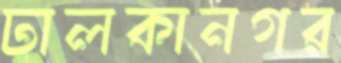
ঢালকানগর